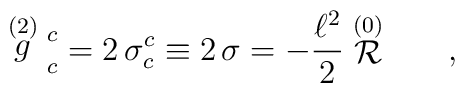
\stackrel {(2)}{g} \strut ^{ c}_{  c}= 2\, \sigma^{  c}_{  c} \equiv 2 \, \sigma = -{\ell^2\over 2}\stackrel {(0)}{\cal R} \qquad ,